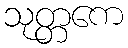
သုတ္တကေ